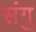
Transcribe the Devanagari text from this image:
संगु